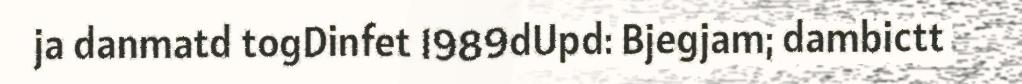
ja danmatd togDinfet 1989dUpd: Bjegjam; dambictt